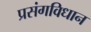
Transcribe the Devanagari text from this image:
प्रसंगविधान